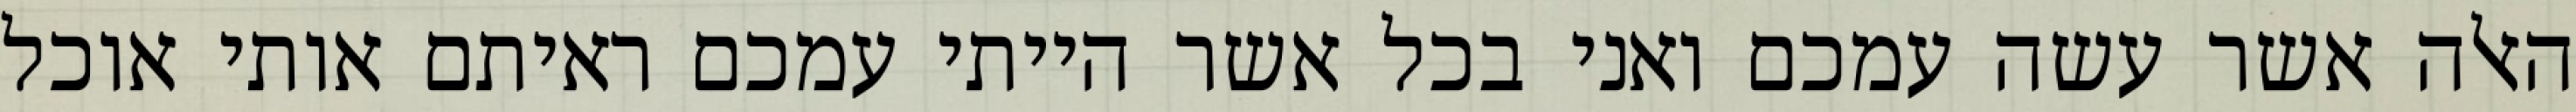
האלה אשר עשה עמכם ואני בכל אשר הייתי עמכם ראיתם אותי אוכל